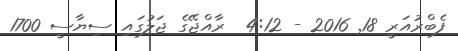
ފެބްރުއަރީ 18